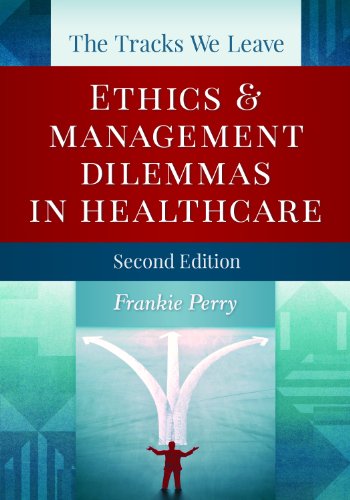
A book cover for The Tracks We Leave: Ethics and Management Dilemmas in Healthcare, Second Edition (Ache Management Series); Frankie Perry; Medical Books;